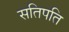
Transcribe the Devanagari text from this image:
सतिपति